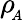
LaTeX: \rho\! _{_A}